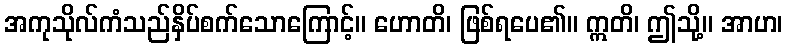
အကုသိုလ်ကံသည်နှိပ်စက်သောကြောင့်။ ဟောတိ၊ ဖြစ်ရပေ၏။ ဣတိ၊ ဤသို့။ အာဟ၊